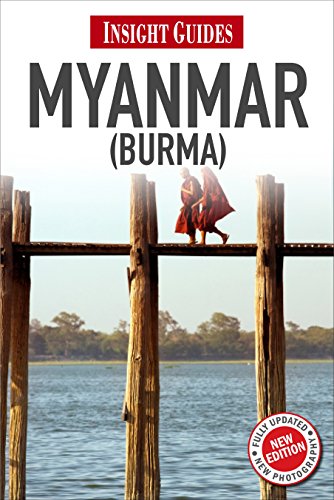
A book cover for Myanmar (Burma) (Insight Guides); David Abram; Travel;